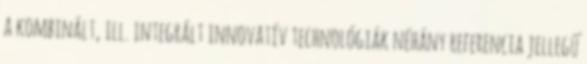
a kombinált, ill. integrált innovatív technológiák néhány referencia jellegű